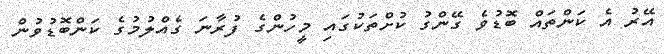
އޭރު އެ ކަންތައް ބޮޑުވެ ގޭންގު ކުށްތަކުގައި މީހުންގެ ފުރާނަ ގެއްލުމުގެ ކަންބޮޑުވުން